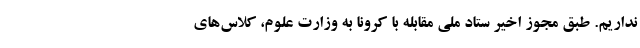
نداریم. طبق مجوز اخیر ستاد ملی مقابله با کرونا به وزارت علوم، کلاس‌های